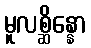
မူလစ္ဆိန္နော